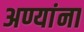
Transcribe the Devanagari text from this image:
अण्यांना